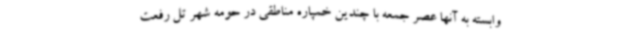
وابسته به آنها عصر جمعه با چندین خمپاره مناطقی در حومه شهر تل رفعت